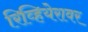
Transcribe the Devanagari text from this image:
रिव्हियेरावर